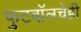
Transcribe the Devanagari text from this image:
फुटबॉलचेही